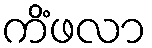
ကိံဖလာ